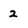
Character: 2